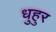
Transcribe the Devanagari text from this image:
धुहुर